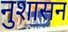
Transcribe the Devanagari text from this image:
नुशासन